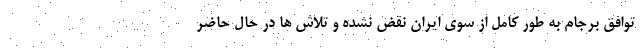
توافق برجام به طور کامل از سوی ایران نقض نشده و تلاش ها در حال حاضر